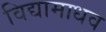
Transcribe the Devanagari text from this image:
विद्यामाधव